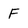
Character: F